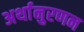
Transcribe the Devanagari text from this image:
अर्थानुरणन